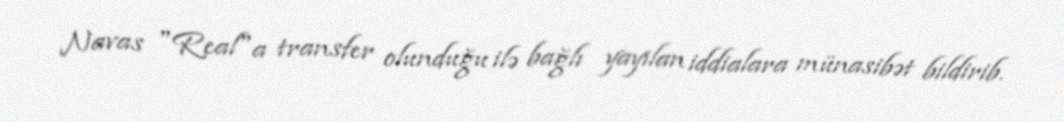
Navas "Real"a transfer olunduğu ilə bağlı yayılan iddialara münasibət bildirib.